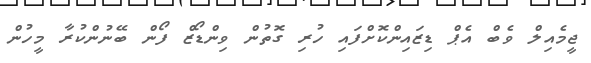
ޖީމެއިލް ވެބް އެޕް ޑިޒައިންކޮށްފައި ހުރި ގޮތުން ވިންޑޯޒް ފޯން ބޭނުންކުރާ މީހުން